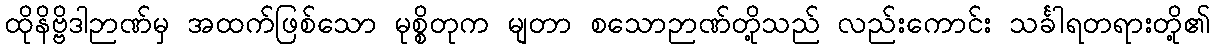
ထိုနိဗ္ဗိဒါဉာဏ်မှ အထက်ဖြစ်သော မုစ္စိတုက မျတာ စသောဉာဏ်တို့သည် လည်းကောင်း သင်္ခါရတရားတို့၏